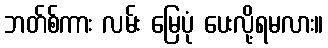
ဘတ်စ်ကား လမ်း မြေပုံ ပေးလို့ရမလား။